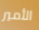
الأمير